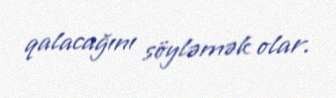
qalacağını söyləmək olar.